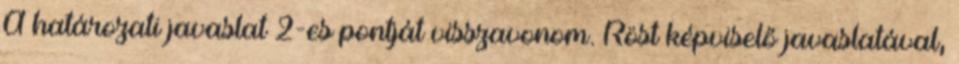
A határozati javaslat 2-es pontját visszavonom. Röst képviselő javaslatával,